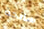
سانحة